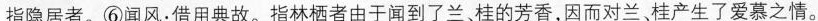
指隐居者。⑥闻风：借用典故。指林栖者由于闻到了兰、桂的芳香，因而对兰桂产生了爱慕之情。